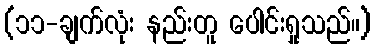
(၁၁-ချက်လုံး နည်းတူ ပေါင်းရှုသည်။)